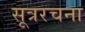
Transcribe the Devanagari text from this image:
सूत्ररचना